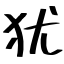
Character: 犹